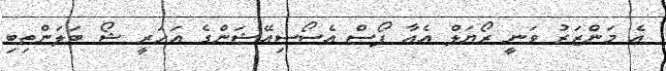
އެ މަންޒަރު ވަނީ ރޯޔަލް އެއާ ފޯސް އެސޯސިއޭޝަންގެ އަހަރީ ޝޯ ބަލަންތިބި